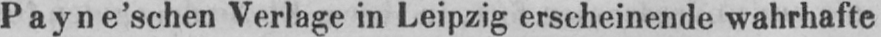
Payne’schen Verlage in Leipzig erscheinende wahrhafte